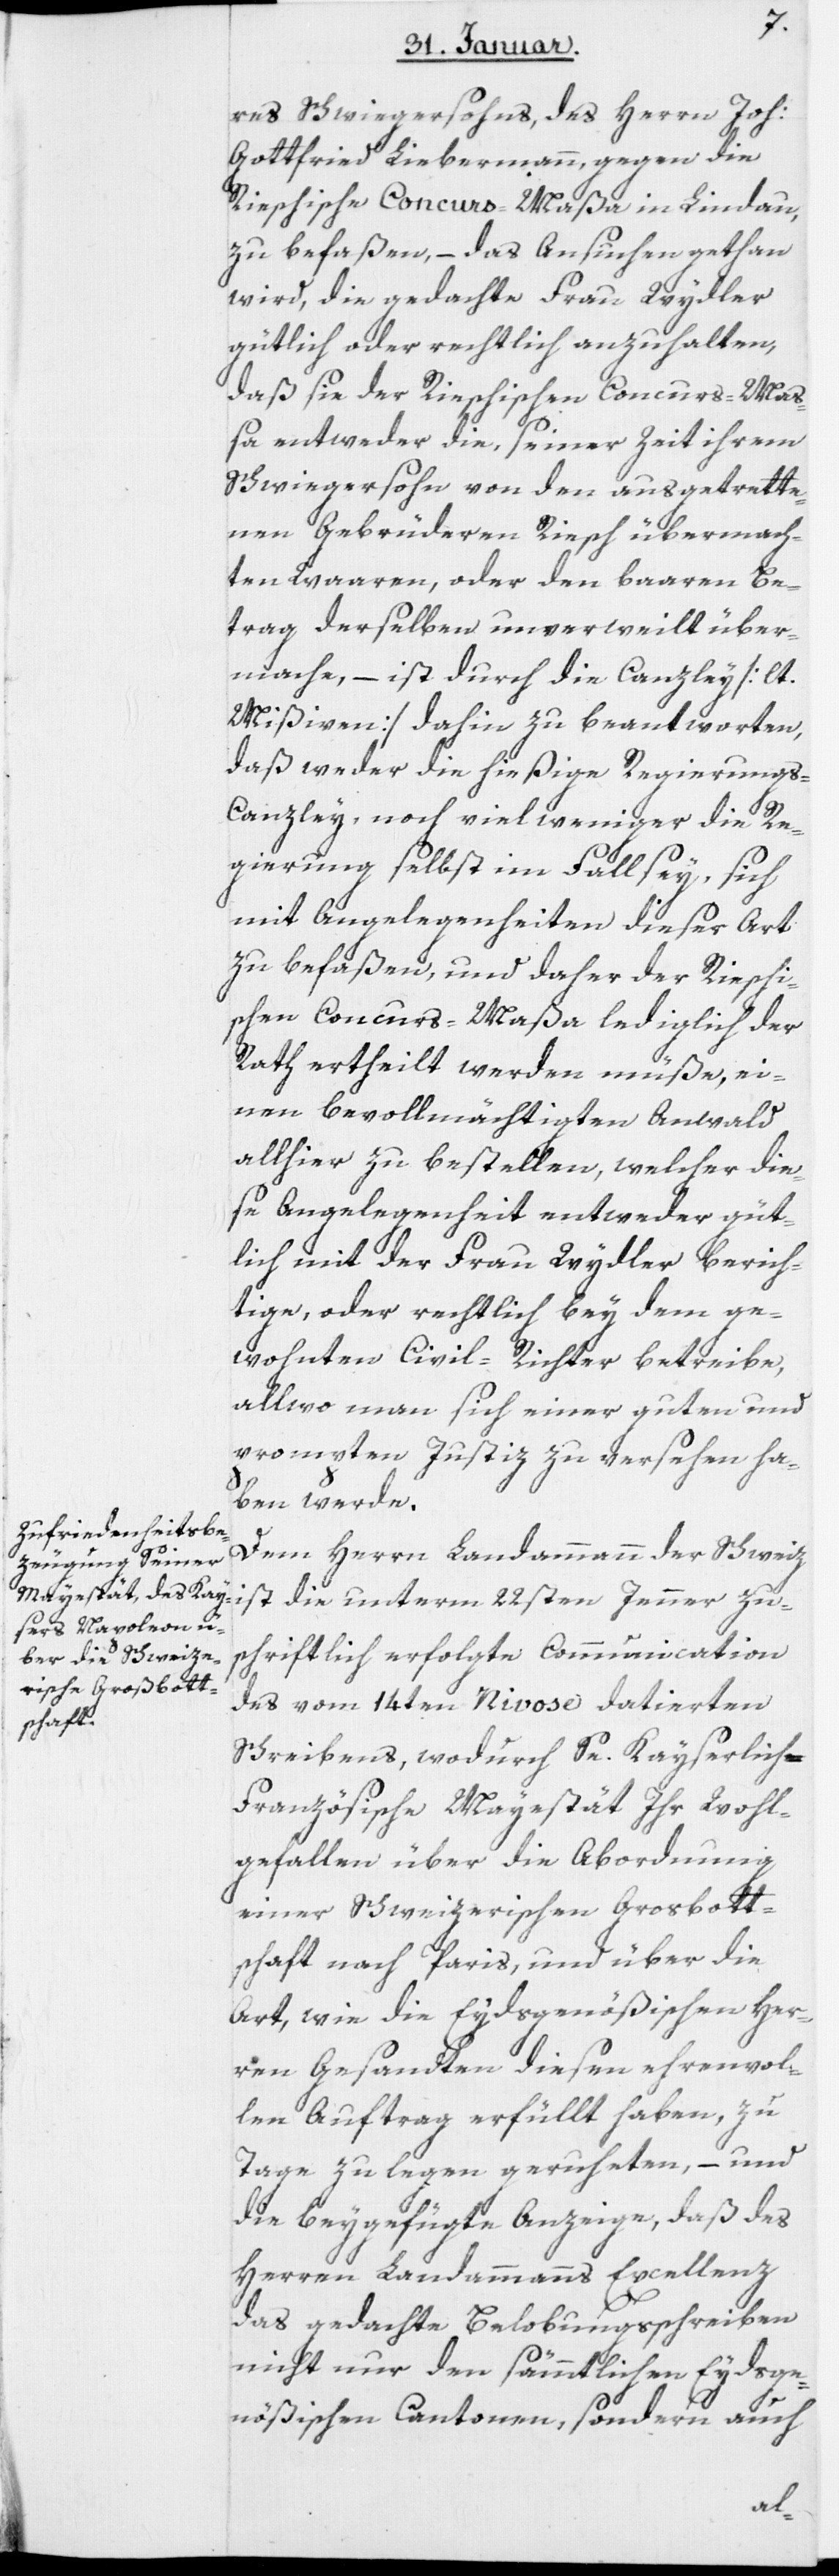
res Schwiegersohns, des Herrn Joh:
Gottfried Liebermann, gegen die
Rieschische Concurs-Maßa in Lindau,
zu befaßen, – das Ansuchen gethan
wird, die gedachte Frau Wydler
gütlich oder rechtlich anzuhalten,
daß sie der Rieschischen Concurs-Mas¬
sa entweder die, seiner Zeit ihrem
Schwiegersohn von den ausgetrette¬
nen Gebrüderen Riesch übermach¬
ten Waaren, oder den baaren Be¬
trag derselben unverweilt über¬
mache, – ist durch die Canzley [lt.
Mißiven] dahin zu beantworten,
daß weder die hießige Regierung¬
s-Canzley, noch viel weniger die Re¬
gierung selbst im Fall sey, sich
mit Angelegenheiten dieser Art
zu befaßen, und daher der Rieschi¬
schen Concurs-Maßa lediglich der
Rath ertheilt werden müße, ei¬
nen bevollmächtigten Anwald
allhier zu bestellen, welcher die¬
se Angelegenheit entweder güt¬
lich mit der Frau Wydler berich¬
tige, oder rechtlich bey dem ge¬
wohnten Civil-Richter betreibe,
allwo man sich einer guten und
prompten Justiz zu versehen ha¬
ben werde.
Dem Herrn Landammann der Schweiz
ist die unterm 22sten Jenner zu¬
schriftlich erfolgte Communication
des vom 14ten Nivose datierten
Schreibens, wodurch Se. Kayserlich-F¬
ranzösische Mayestät Ihr Wohl¬
gefallen über die Abordnung
einer Schweizerischen Grosbott¬
schaft nach Paris, und über die
Art, wie die Eydsgenößischen Her¬
ren Gesandten diesen ehrenvol¬
len Auftrag erfüllt haben, zu
Tage zu legen geruheten, – und
die beygefügte Anzeige, daß des
Herren Landammanns Excellenz
das gedachte Belobungsschreiben
nicht nur den sämmtlichen Eydsge¬
nößischen Cantonen, sondern auch